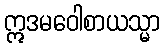
ဣဒမဝေါစာယသ္မာ